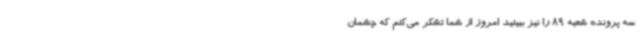
سه پرونده شعبه 89 را نیز ببینید امروز از شما تشکر می‌کنم که چشمان